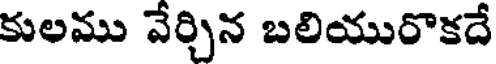
కులము వేర్చిన బలియురొకదే